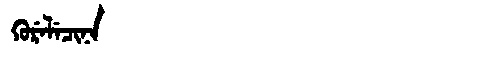
Manchu: ᡴᡠᡵᡝᠯᡝᠴᡳᠨᠠ
Romanization: KURELECINA